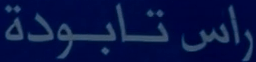
راس-تابودة